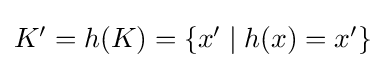
{\textstyle K'=h(K)=\{x'\mid h(x)=x'\}}